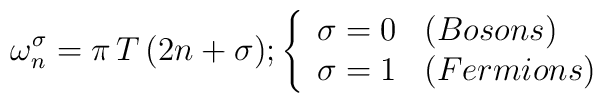
{ \omega_n^\sigma=\pi\,T\,(2 n + \sigma)}; \left\{\begin{array}{ll}{\sigma=0} & (Bosons) \\{\sigma=1} & (Fermions)\end{array}\right.